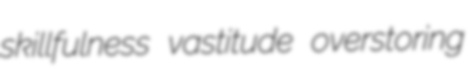
skillfulness vastitude overstoring